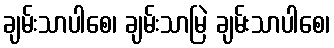
ချမ်းသာပါစေ၊ ချမ်းသာမြဲ ချမ်းသာပါစေ၊